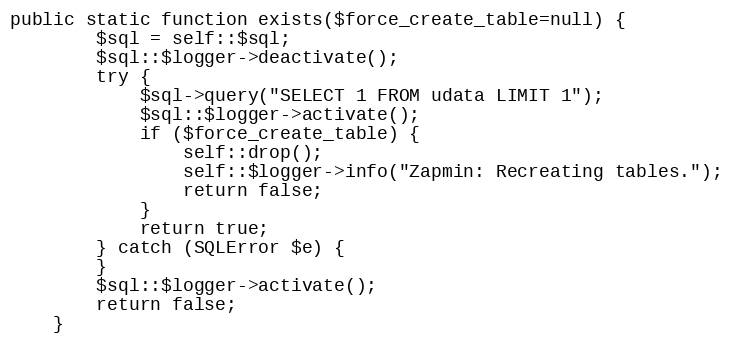
Language: PHP
public static function exists($force_create_table=null) {
		$sql = self::$sql;
		$sql::$logger->deactivate();
		try {
			$sql->query("SELECT 1 FROM udata LIMIT 1");
			$sql::$logger->activate();
			if ($force_create_table) {
				self::drop();
				self::$logger->info("Zapmin: Recreating tables.");
				return false;
			}
			return true;
		} catch (SQLError $e) {
		}
		$sql::$logger->activate();
		return false;
	}